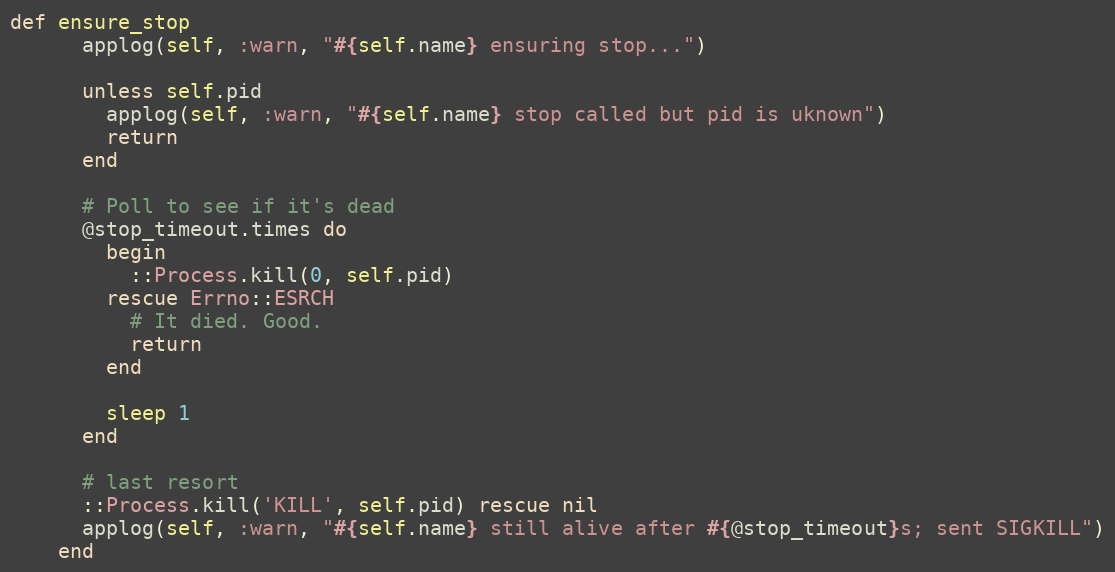
Language: Ruby
def ensure_stop
      applog(self, :warn, "#{self.name} ensuring stop...")

      unless self.pid
        applog(self, :warn, "#{self.name} stop called but pid is uknown")
        return
      end

      # Poll to see if it's dead
      @stop_timeout.times do
        begin
          ::Process.kill(0, self.pid)
        rescue Errno::ESRCH
          # It died. Good.
          return
        end

        sleep 1
      end

      # last resort
      ::Process.kill('KILL', self.pid) rescue nil
      applog(self, :warn, "#{self.name} still alive after #{@stop_timeout}s; sent SIGKILL")
    end